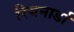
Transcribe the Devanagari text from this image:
रियनार्डो